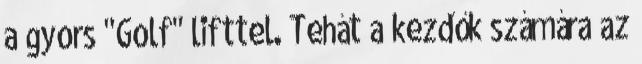
a gyors "Golf" lifttel. Tehát a kezdők számára az